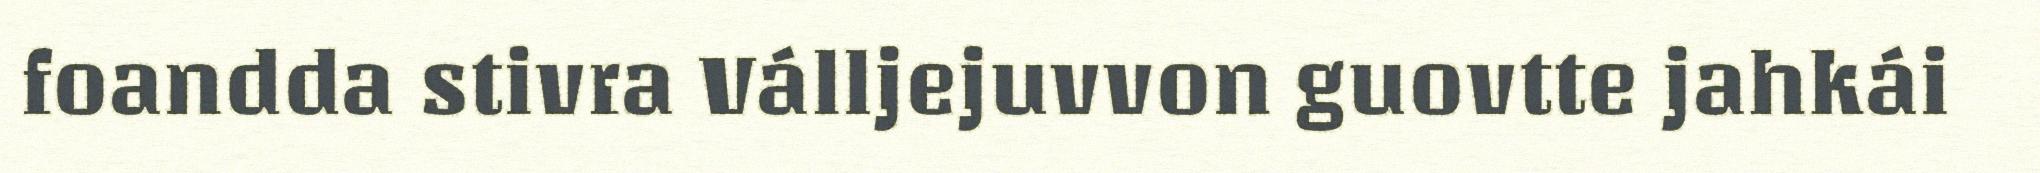
foandda stivra Válljejuvvon guovtte jahkái